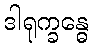
ဒါရုက္ခန္ဓေ